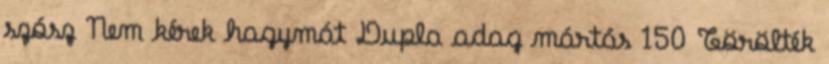
szósz Nem kérek hagymát Dupla adag mártás 150 Törölték